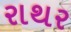
રાથર